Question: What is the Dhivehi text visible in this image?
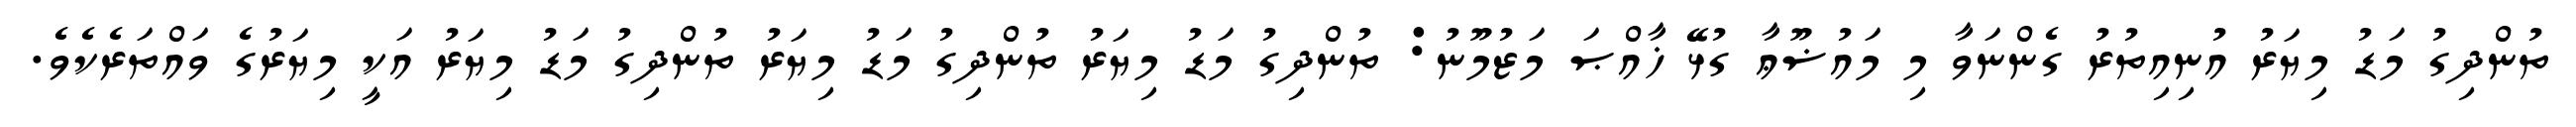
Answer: ތުންދިގު މަޑު މިޔަރު އުނިއިތުރު ގެންނަވާ މި މައުޟޫޢާ ގުޅޭ ޚާއްޞަ މަޒުމޫނު: ތުންދިގު މަޑު މިޔަރު ތުންދިގު މަޑު މިޔަރު ތުންދިގު މަޑު މިޔަރު އަކީ މިޔަރުގެ ވައްތަރެކެވެ.